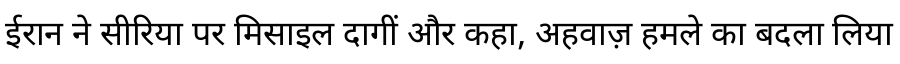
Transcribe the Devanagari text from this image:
ईरान ने सीरिया पर मिसाइल दागीं और कहा, अहवाज़ हमले का बदला लिया